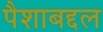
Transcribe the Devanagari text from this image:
पैशाबद्दल